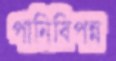
পানিবিপন্ন